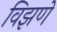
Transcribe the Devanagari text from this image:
विझणे